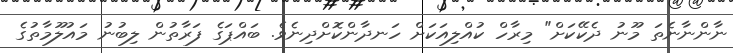
ނާންނާނެތަ މޫނު ދެކޭކަށް" މިރާހް ކުއްލިއަކަށް ހަނދާންކޮށްދިނެވެ. ބައްޕަގެ ފަރާތުން ލިބުނު މައުލޫމާތުގެ